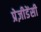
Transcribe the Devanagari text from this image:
प्रेज़ीडेंसी